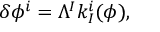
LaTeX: \delta \phi ^ { i } = \Lambda ^ { I } k _ { I } ^ { i } ( \phi ) ,